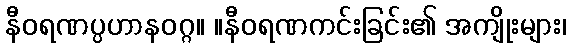
နီဝရဏပ္ပဟာနဝဂ္ဂ။ ။နီဝရဏကင်းခြင်း၏ အကျိုးများ၊